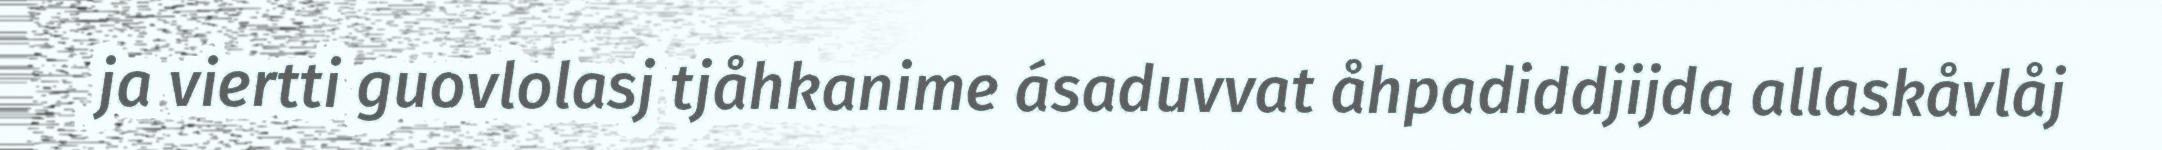
ja viertti guovlolasj tjåhkanime ásaduvvat åhpadiddjijda allaskåvlåj